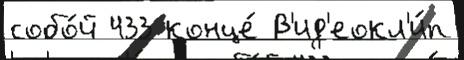
собо́й 433 конце́ В'ид'еокл'и́п